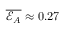
\overline { { { \mathcal { E } } _ { A } } } \approx 0 . 2 7